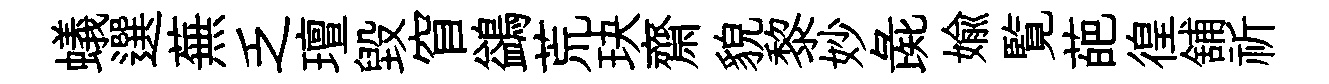
蟻選蕪乏璮毁窅鷁荒玦齋貌黎妙彘媮覧葩徨舖祈